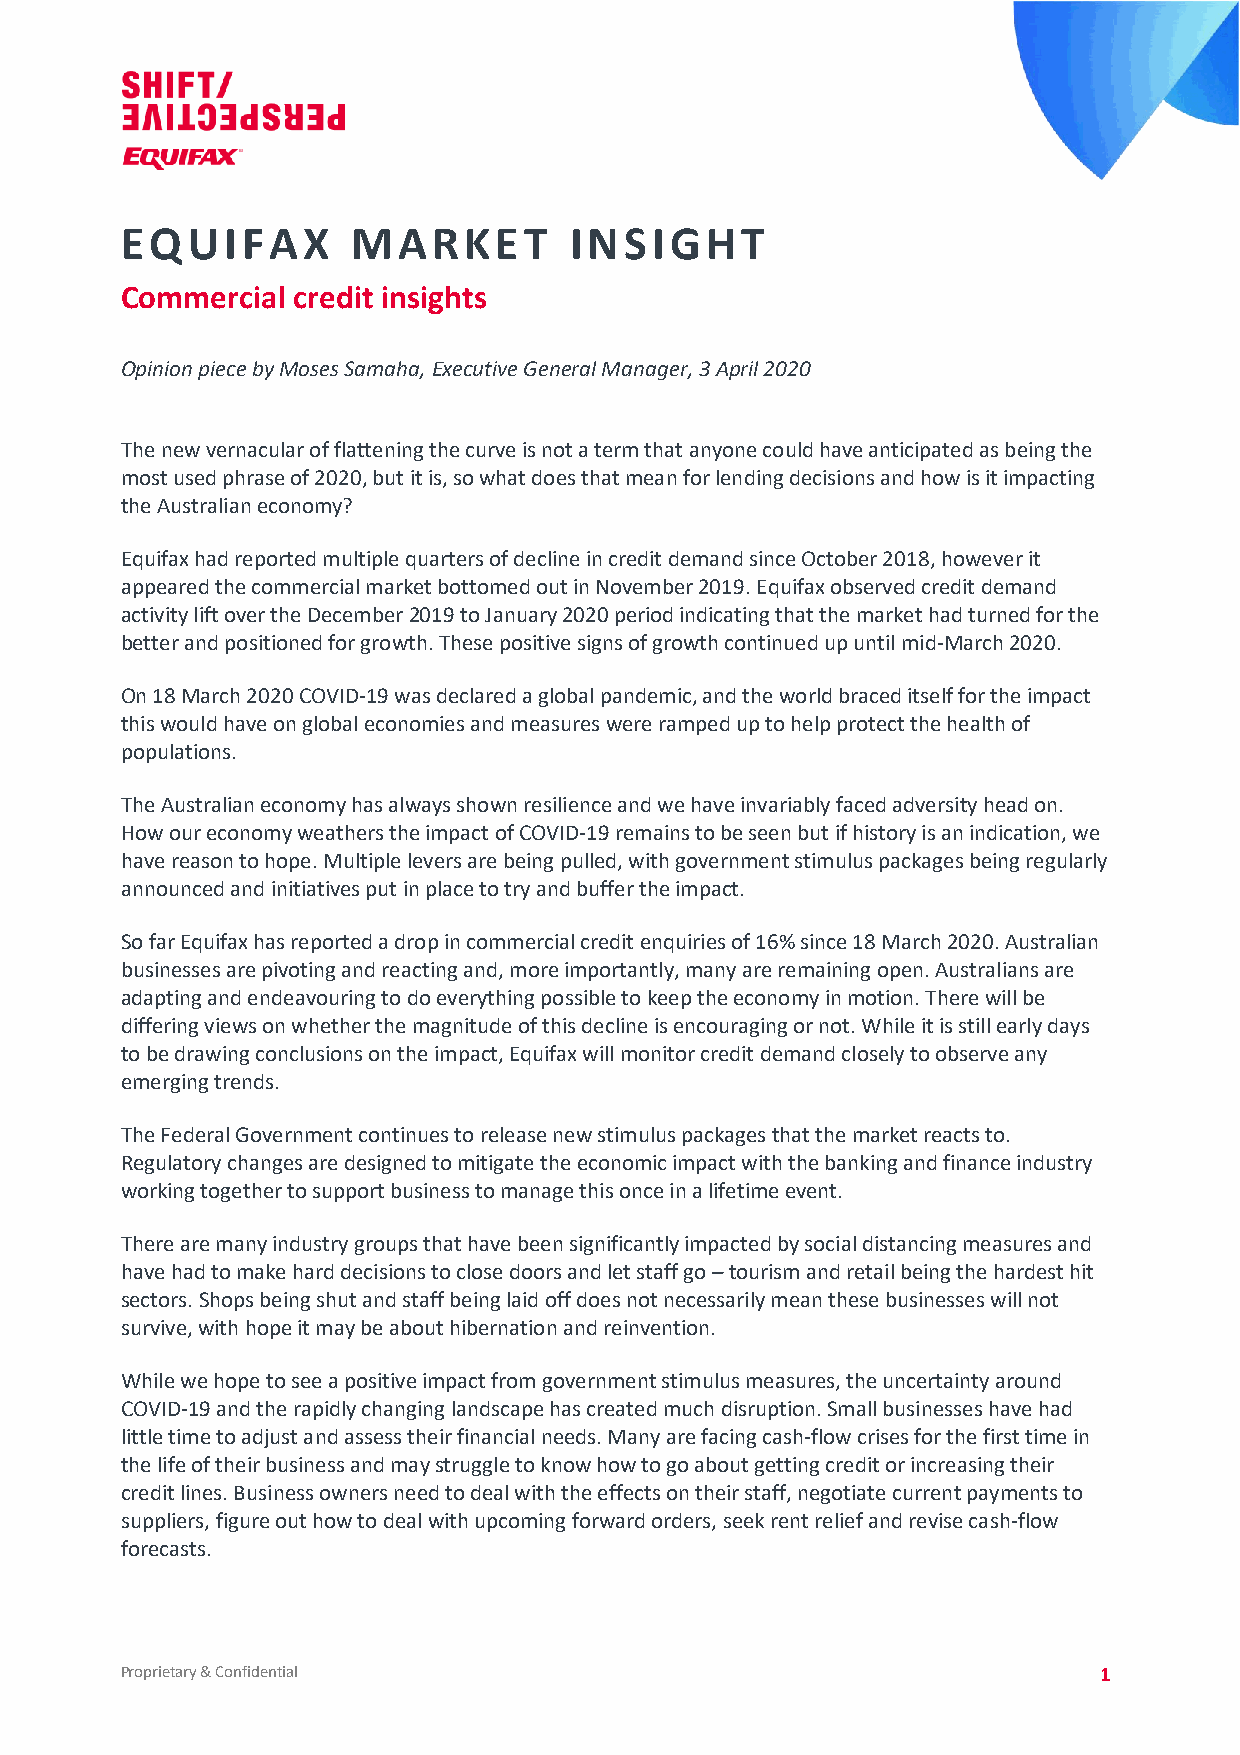
EQUIFAX        MARKET         INSIGHT
 Commercial credit insights
 Opinion piece by Moses Samaha, Executive General Manager, 3 April 2020
 The new vernacular of flattening the curve is not a term that anyone could have anticipated as being the
 most used phrase of 2020, but it is, so what does that mean for lending decisions and how is it impacting
 the Australian economy?
 Equifax had reported multiple quarters of decline in credit demand since October 2018, however it
 appeared the commercial market bottomed out in November 2019. Equifax observed credit demand
 activity lift over the December 2019 to January 2020 period indicating that the market had turned for the
 better and positioned for growth. These positive signs of growth continued up until mid-March 2020.
 On 18 March 2020 COVID-19 was declared a global pandemic, and the world braced itself for the impact
 this would have on global economies and measures were ramped up to help protect the health of
 populations.
 The Australian economy has always shown resilience and we have invariably faced adversity head on.
 How our economy weathers the impact of COVID-19 remains to be seen but if history is an indication, we
 have reason to hope. Multiple levers are being pulled, with government stimulus packages being regularly
 announced and initiatives put in place to try and buffer the impact.
 So far Equifax has reported a drop in commercial credit enquiries of 16% since 18 March 2020. Australian
 businesses are pivoting and reacting and, more importantly, many are remaining open. Australians are
 adapting and endeavouring to do everything possible to keep the economy in motion. There will be
 differing views on whether the magnitude of this decline is encouraging or not. While it is still early days
 to be drawing conclusions on the impact, Equifax will monitor credit demand closely to observe any
 emerging trends.
 The Federal Government continues to release new stimulus packages that the market reacts to.
 Regulatory changes are designed to mitigate the economic impact with the banking and finance industry
 working together to support business to manage this once in a lifetime event.
 There are many industry groups that have been significantly impacted by social distancing measures and
 have had to make hard decisions to close doors and let staff go – tourism and retail being the hardest hit
 sectors. Shops being shut and staff being laid off does not necessarily mean these businesses will not
 survive, with hope it may be about hibernation and reinvention.
 While we hope to see a positive impact from government stimulus measures, the uncertainty around
 COVID-19 and the rapidly changing landscape has created much disruption. Small businesses have had
 little time to adjust and assess their financial needs. Many are facing cash-flow crises for the first time in
 the life of their business and may struggle to know how to go about getting credit or increasing their
 credit lines. Business owners need to deal with the effects on their staff, negotiate current payments to
 suppliers, figure out how to deal with upcoming forward orders, seek rent relief and revise cash-flow
 forecasts.
 Proprietary & Confidential                                       1